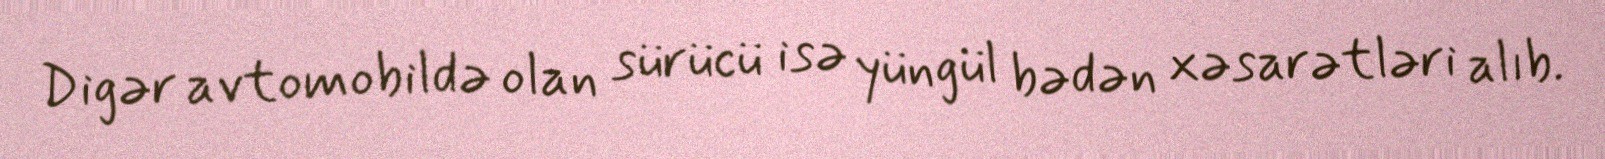
Digər avtomobildə olan sürücü isə yüngül bədən xəsarətləri alıb.